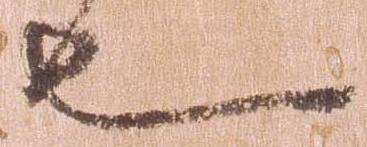
也